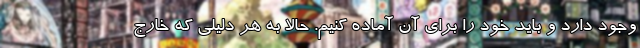
وجود دارد و باید خود را برای آن آماده کنیم. حالا به هر دلیلی که خارج